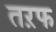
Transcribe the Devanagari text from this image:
तऱफ